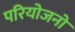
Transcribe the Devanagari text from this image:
परियोजनो